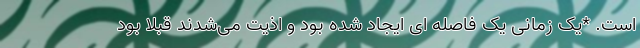
است. *یک زمانی یک فاصله ای ایجاد شده بود و اذیت می‌شدند قبلاً بود